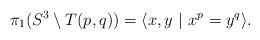
LaTeX: \begin{align*}\pi_1 (S^3\setminus T(p,q))=\langle x,y\ |\ x^{p} =y^ q\rangle.\end{align*}